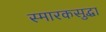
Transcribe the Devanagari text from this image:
स्मारकसुद्धा